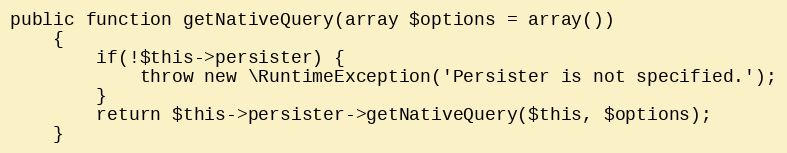
Language: PHP
public function getNativeQuery(array $options = array())
    {
        if(!$this->persister) {
            throw new \RuntimeException('Persister is not specified.');
        }
        return $this->persister->getNativeQuery($this, $options);
    }